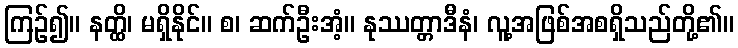
ကြဉ်၍။ နတ္ထိ၊ မရှိနိုင်။ စ၊ ဆက်ဦးအံ့။ နုဿတ္တာဒီနံ၊ လူ့အဖြစ်အစရှိသည်တို့၏။